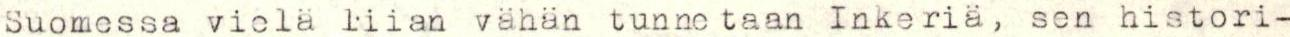
Suomessa vielä liian vähän tunnetaan Inkeriä, sen histori-